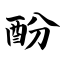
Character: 酚